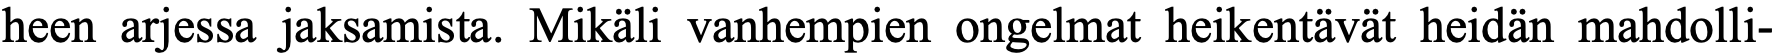
heen arjessa jaksamista. Mikäli vanhempien ongelmat heikentävät heidän mahdolli-